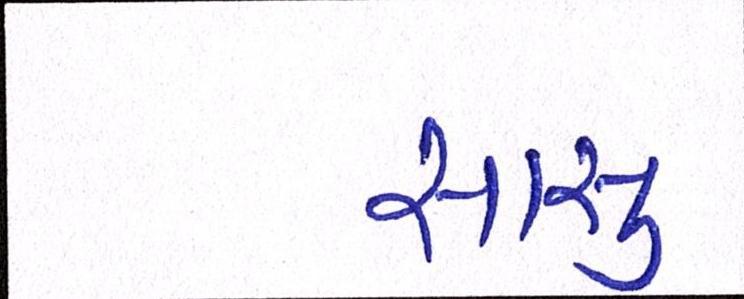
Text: સાસુ